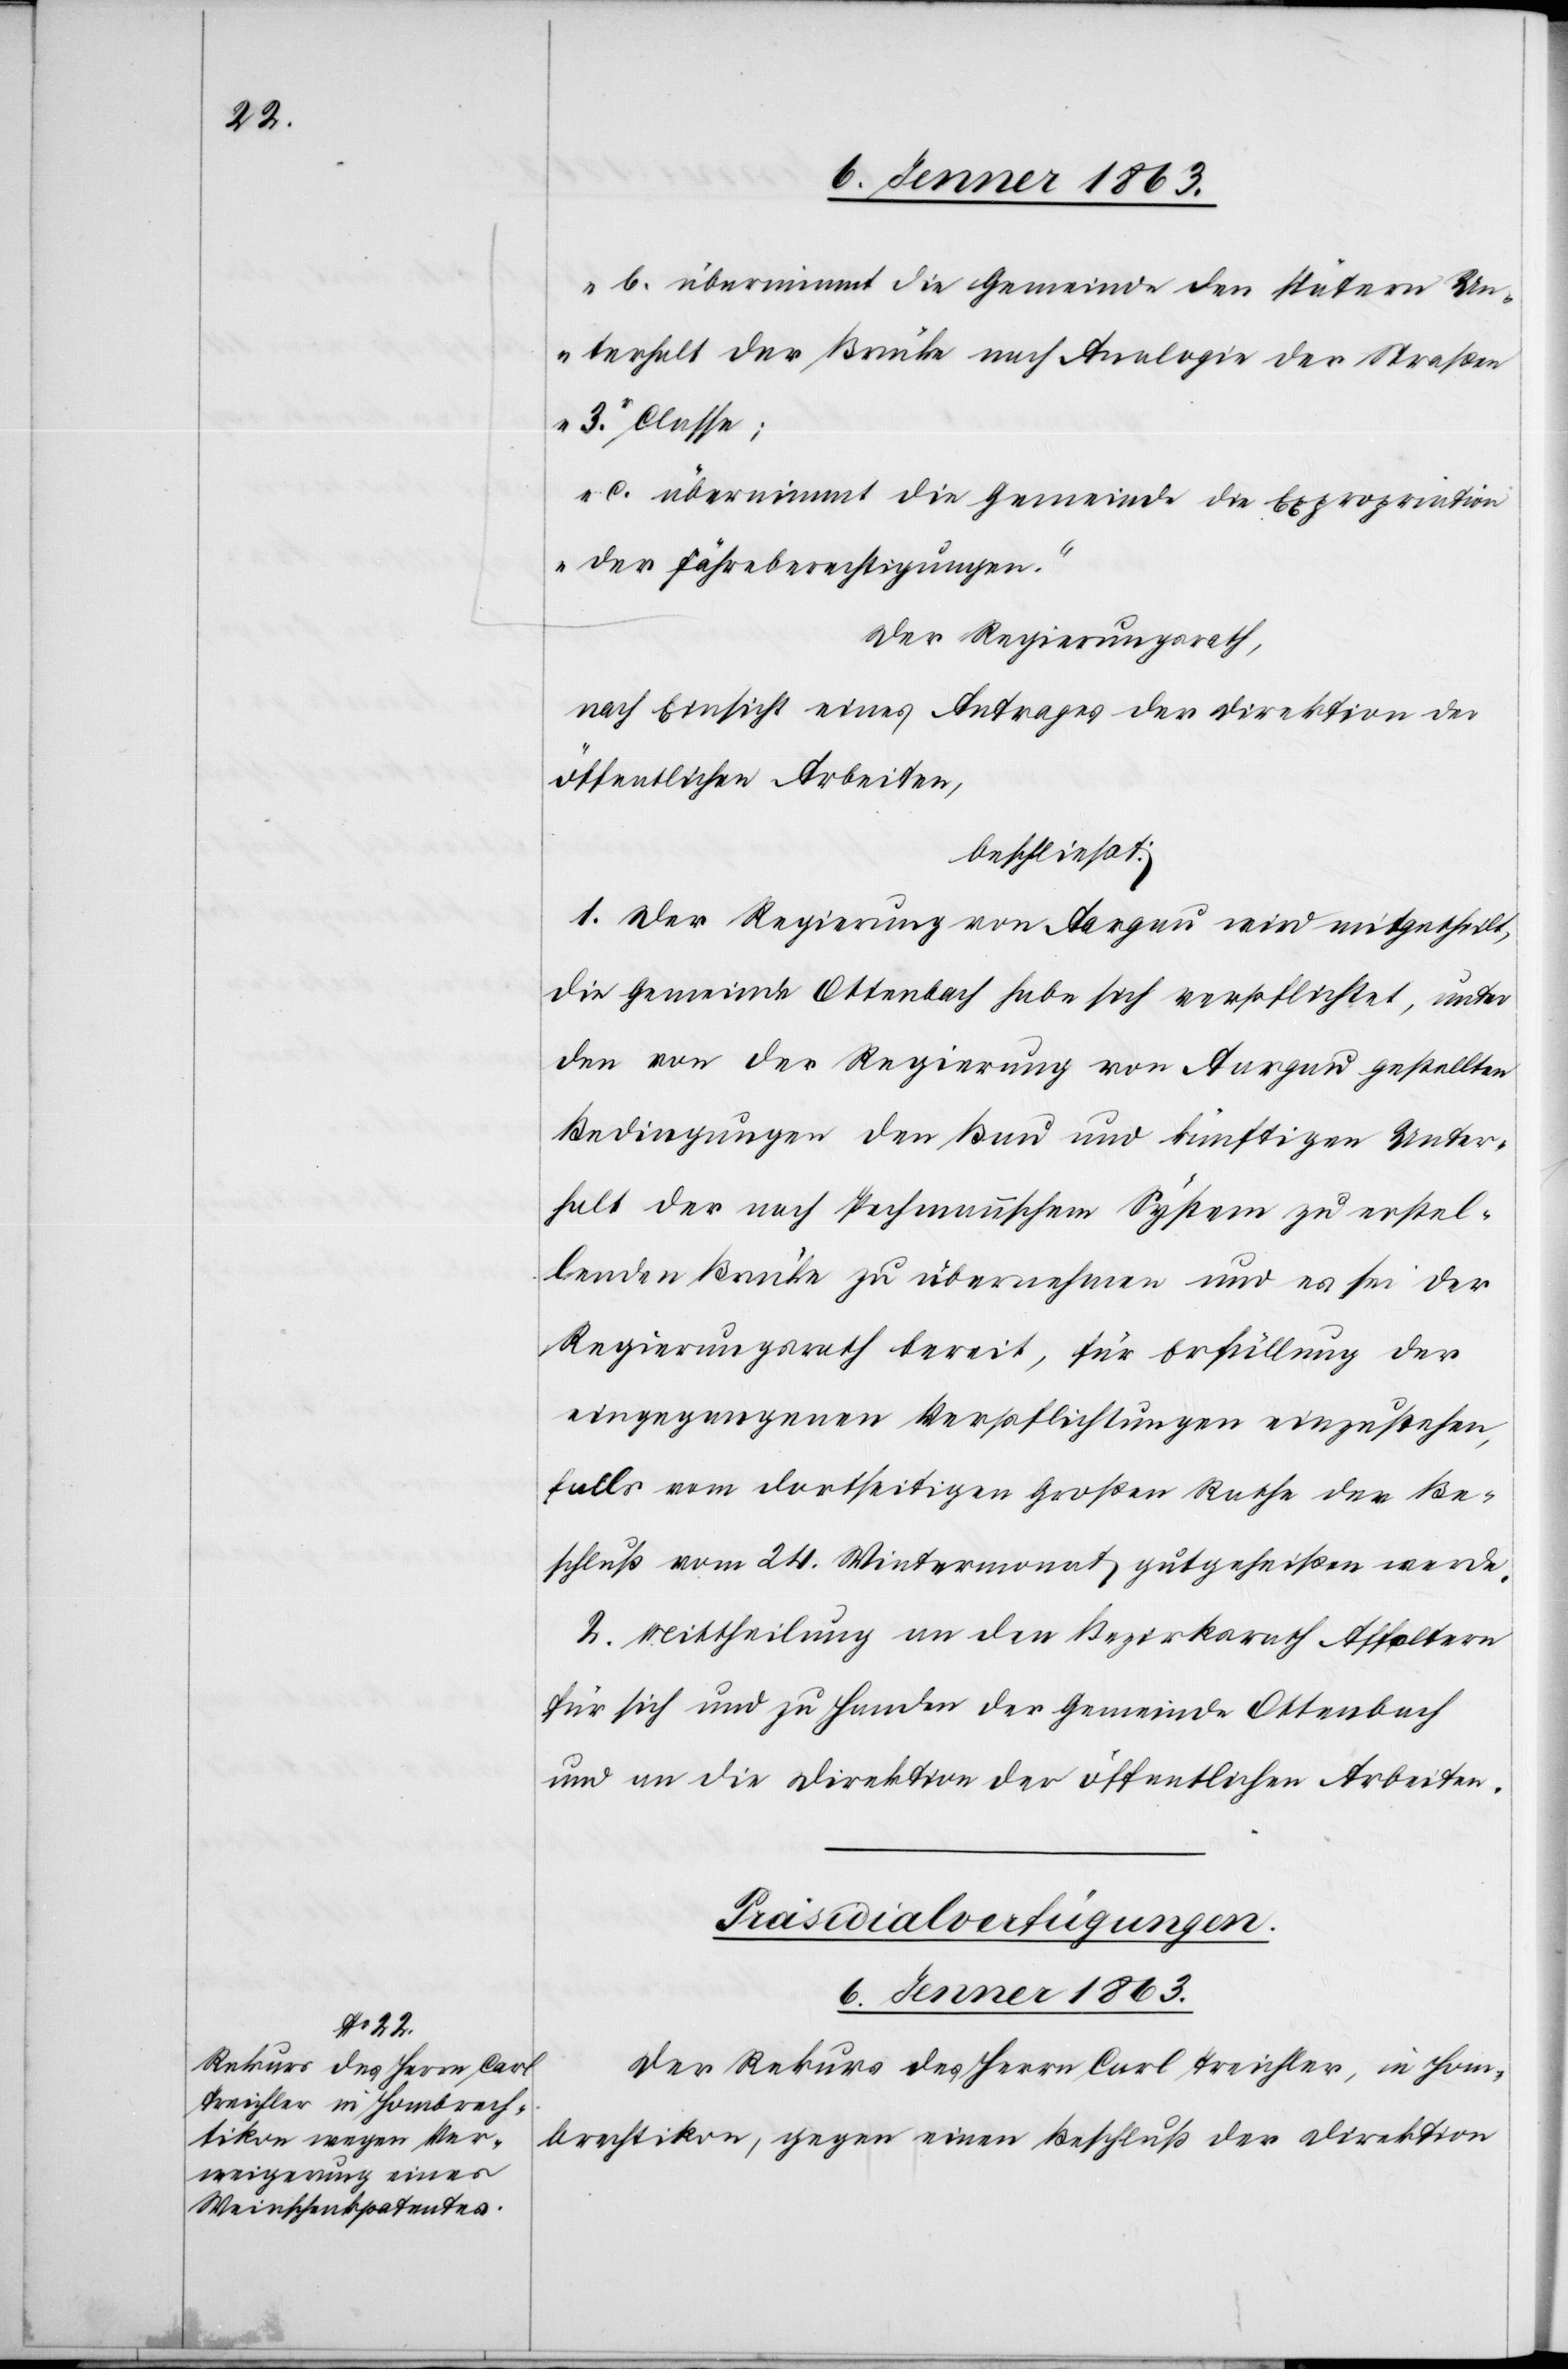
b. übernimmt die Gemeinde den spätern Un¬
terhalt der Brücke nach Analogie der Straßen
3r. Classe;
c. übernimmt die Gemeinde die Expropriation
der Fähreberechtigungen.“
Der Regierungsrath,
nach Einsicht eines Antrages der Direktion der
öffentlichen Arbeiten,
beschließt:
1. Der Regierung von Aargau wird mitgetheilt,
die Gemeinde Ottenbach habe sich verpflichtet, unter
den von der Regierung von Aargau gestellten
Bedingungen den Bau und künftigen Unter¬
halt der nach Pechmannschem System zu erstel¬
lenden Brücke zu übernehmen und es sei der
Regierungsrath bereit, für Erfüllung der
eingegangenen Verpflichtungen einzustehen,
falls vom dortseitigen Großen Rathe der Be¬
schluß vom 24. Wintermonat gutgeheißen werde.
2. Mittheilung an den Bezirksrath Affoltern
für sich und zu Handen der Gemeinde Ottenbach
und an die Direktion der öffentlichen Arbeiten.
Präsidialverfügungen.
6. Jenner 1863.
Der Rekurs des Herrn Carl Treichler, in Hom¬
brechtikon, gegen einen Beschluß der Direktion